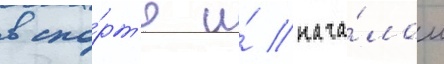
в спо́рт'е и́ нача́лом